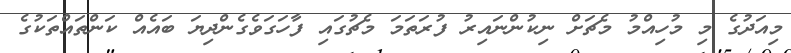
މިއަދުގެ މި މުހިއްމު މެޗަށް ނިކުންނައިރު ފުރަތަމަ މެޗުގައި ފާހަގަވެގެންދިޔަ ބައެއް ކަންތައްތަކުގެ